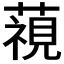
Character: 𮑖